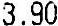
3.90